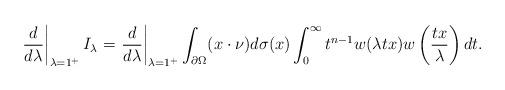
LaTeX: \begin{align*}\left.\frac{d}{d\lambda}\right|_{\lambda=1^+}I_\lambda=\left.\frac{d}{d\lambda}\right|_{\lambda=1^+}\int_{\partial\Omega}(x\cdot \nu)d\sigma(x)\int_0^\infty t^{n-1}w(\lambda tx)w\left(\frac{tx}{\lambda}\right)dt.\end{align*}